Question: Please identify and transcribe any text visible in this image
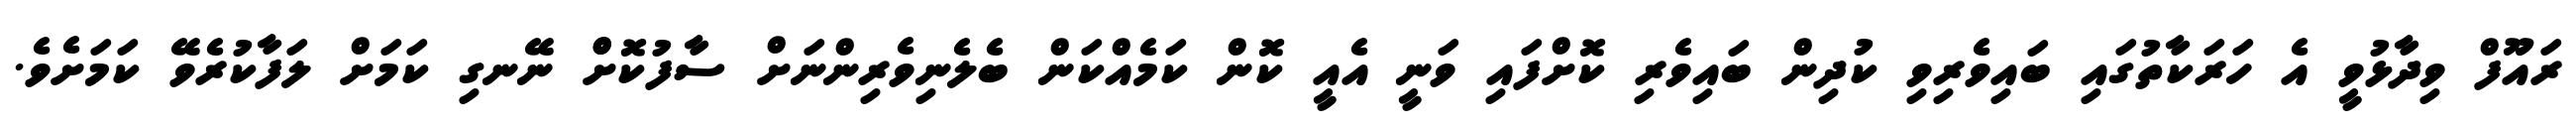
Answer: ރައޫފް ވިދާޅުވީ އެ ހަރަކާތުގައި ބައިވެރިވި ކުދިން ބައިވެރި ކޮށްފައި ވަނީ އެއީ ކޮން ކަމެއްކަން ބެލެނިވެރިންނަށް ސާފުކޮށްް ނޭނގި ކަމަށް ލަފާކުރެވޭ ކަމަށެވެ.